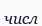
числ